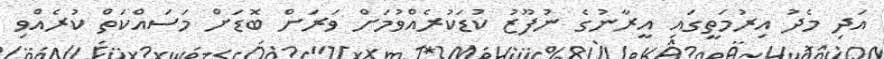
އަދި މެދު އިރުމަތީގައި އީރާނުގެ ނުފޫޒު ކުޑަކުރެއްވުމަށް ވަރަށް ބޮޑަށް މަސައްކަތް ކުރެއްވި